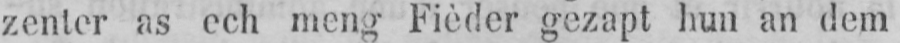
zenter as ech meng Fièder gezapt hun an dem